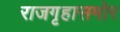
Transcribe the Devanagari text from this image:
राजगृहासमोर